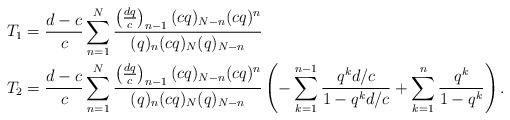
LaTeX: \begin{align*}T_1& =\frac{d-c}{c}\sum_{n=1}^N \frac{\left(\frac{dq}{c}\right)_{n-1} (c q)_{N-n} (cq)^n }{(q)_n (c q)_N (q)_{N-n} } \\T_2&= \frac{d-c}{c} \sum_{n=1}^N \frac{\left(\frac{dq}{c}\right)_{n-1} (c q)_{N-n} (cq)^n }{(q)_n (c q)_N (q)_{N-n} } \left(-\sum_{k=1}^{n-1} \frac{q^kd/c}{1- q^kd/c} + \sum_{k=1}^n \frac{q^k}{1-q^k} \right).\end{align*}